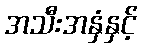
အသီးအနှံနှင့်